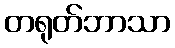
တရုတ်ဘာသာ